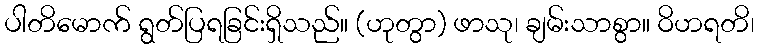
ပါတိမောက် ရွတ်ပြရခြင်းရှိသည်။ (ဟုတွာ) ဖာသု၊ ချမ်းသာစွာ။ ဝိဟရတိ၊